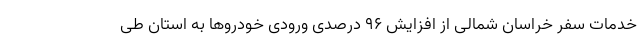
خدمات سفر خراسان شمالی از افزایش ۹۶ درصدی ورودی خودروها به استان طی